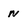
Character: N